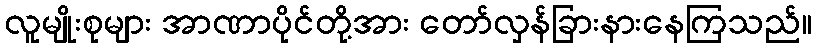
လူမျိုးစုများ အာဏာပိုင်တို့အား တော်လှန်ခြားနားနေကြသည်။